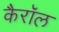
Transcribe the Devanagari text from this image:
कैरॉल